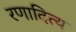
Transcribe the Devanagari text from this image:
रणादित्य